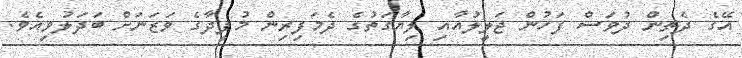
އޭގެ ދެތިން ދުވަސް ފަހުން ޖަލީލުއާއި ލިޔާގަތުގެ ދެމަފިރިން މުފީދާގެ ވަޒަނަށް ބަދަލުވިއެވެ.